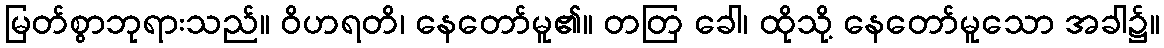
မြတ်စွာဘုရားသည်။ ဝိဟရတိ၊ နေတော်မူ၏။ တတြ ခေါ၊ ထိုသို့ နေတော်မူသော အခါ၌။